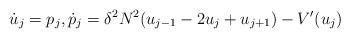
LaTeX: \begin{align*}\dot{u}_j = p_j, \dot{p}_j = \delta^2 N^2 ( u_{j-1} -2u_j + u_{j+1}) - V'(u_j)\end{align*}